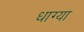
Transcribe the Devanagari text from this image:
धाग्या